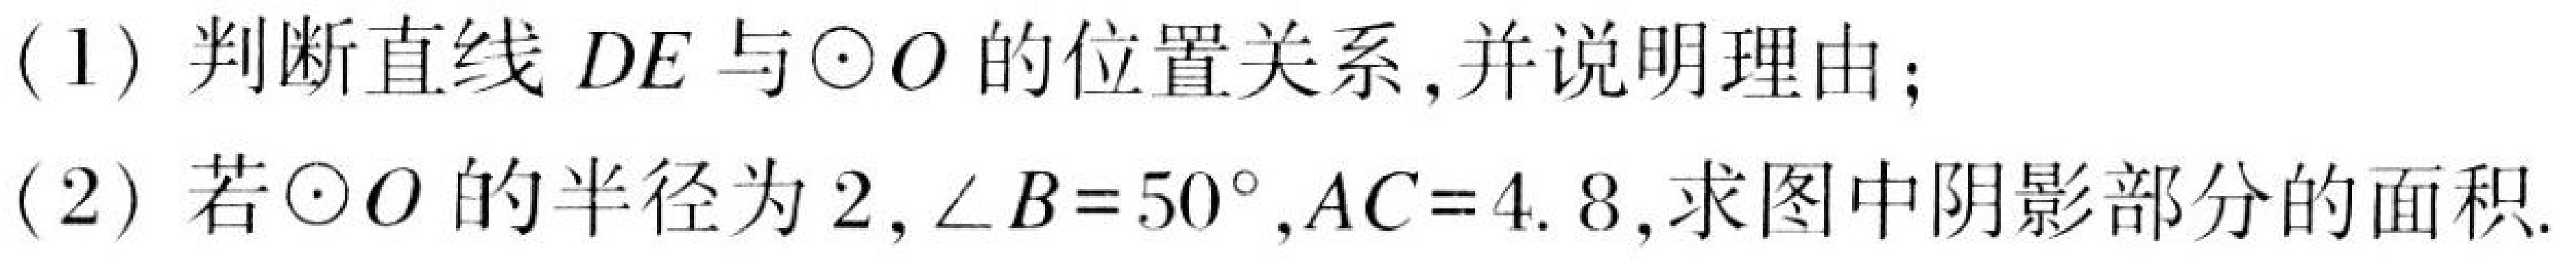
(1) 判断直线\(DE\)与\(\odot O\)的位置关系,并说明理由;
(2) 若\(\odot O\)的半径为\(2\),\(\angle B = 50^{\circ}\),\(AC = 4.8\),求图中阴影部分的面积.